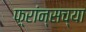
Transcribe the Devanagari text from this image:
फ़्रांन्सच्या